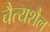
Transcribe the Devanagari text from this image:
चैत्यशैल